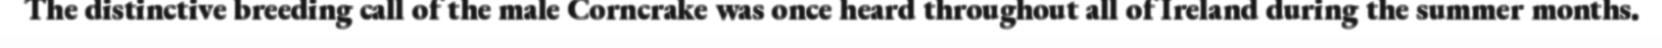
The distinctive breeding call of the male Corncrake was once heard throughout all of Ireland during the summer months.